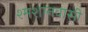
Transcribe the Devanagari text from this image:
श्मशानवासी